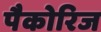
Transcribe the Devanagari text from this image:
पैकोरिज